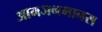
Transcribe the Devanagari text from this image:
आमजनमानस